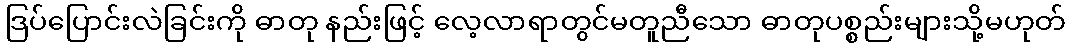
ဒြပ်ပြောင်းလဲခြင်းကို ဓာတု နည်းဖြင့် လေ့လာရာတွင်မတူညီသော ဓာတုပစ္စည်းများသို့မဟုတ်